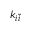
k _ { i \tilde { i } }